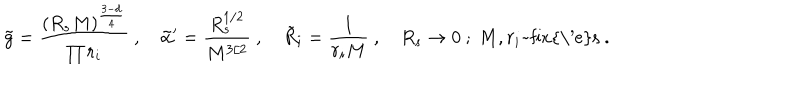
\tilde { g } = \frac { ( R _ { s } M ) ^ { \frac { 3 - d } { 4 } } } { \prod r _ { i } } \ , \quad \tilde { \alpha } ^ { \prime } = \frac { R _ { s } ^ { 1 / 2 } } { M ^ { 3 / 2 } } \ , \quad \tilde { R } _ { i } = \frac { 1 } { r _ { i } M } \ , \quad R _ { s } \rightarrow 0 \ ; \ M , r _ { i } \mathrm { ~ f i x { \ ' e } s } \ .